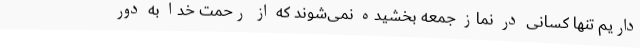
داریم تنها کسانی در نماز جمعه بخشیده نمی‌شوند که از رحمت خدا به دور